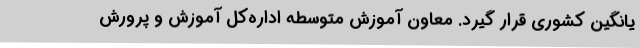
یانگین کشوری قرار گیرد. معاون آموزش متوسطه اداره‌کل آموزش و پرورش